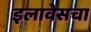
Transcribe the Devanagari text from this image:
इलावेसचा